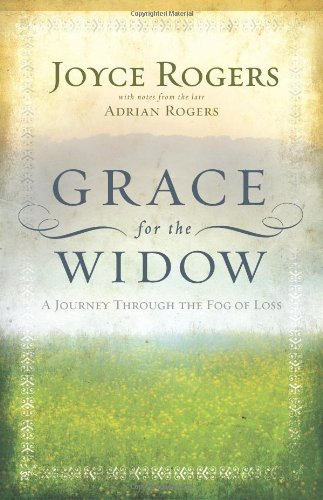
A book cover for Grace for the Widow: A Journey through the Fog of Loss; Joyce Rogers; Christian Books & Bibles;